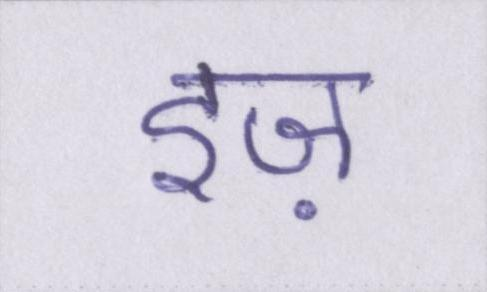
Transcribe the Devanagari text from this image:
इज़